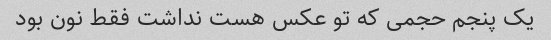
یک پنجم حجمی که تو عکس هست نداشت فقط نون بود